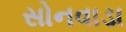
સોનવાડા